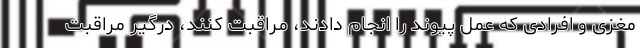
مغزی و افرادی که عمل پیوند را انجام دادند، مراقبت کنند، درگیر مراقبت